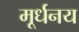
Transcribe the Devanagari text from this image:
मूर्धनय